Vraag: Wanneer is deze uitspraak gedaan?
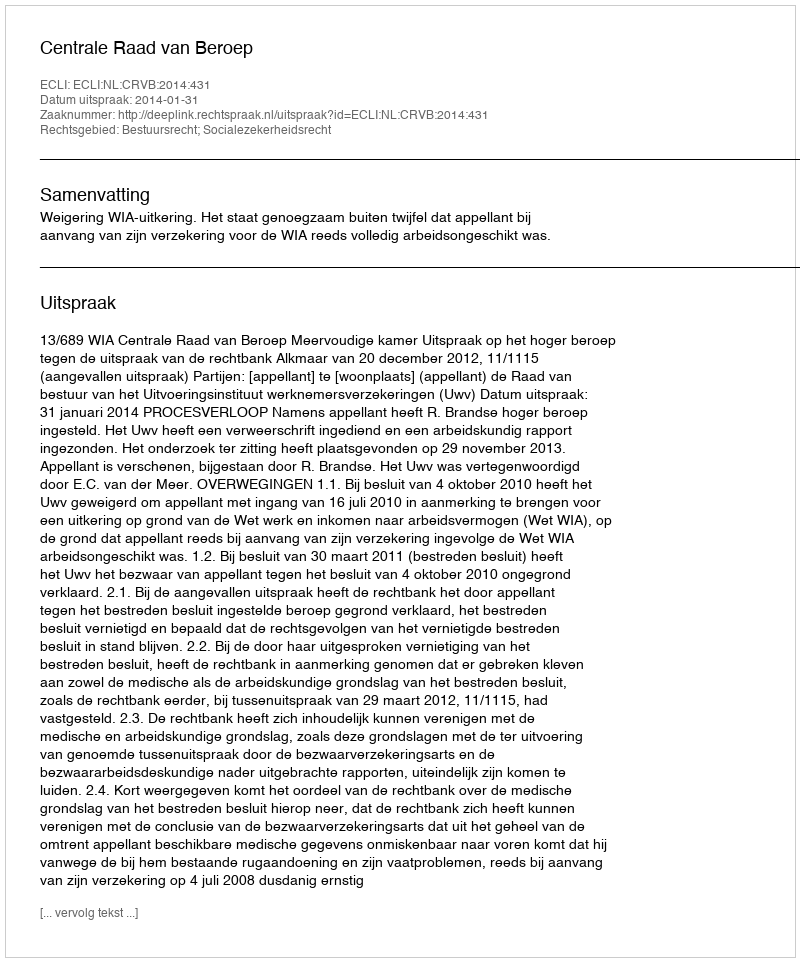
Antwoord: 2014-01-31